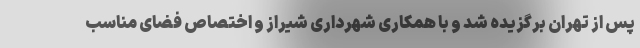
پس از تهران برگزیده شد و با همکاری شهرداری شیراز و اختصاص فضای مناسب